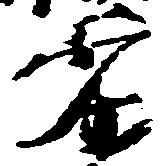
劣